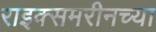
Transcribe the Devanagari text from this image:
राइक्समरीनच्या